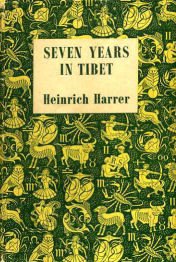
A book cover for Seven Years in Tibet; Heinrich Harrer; Travel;